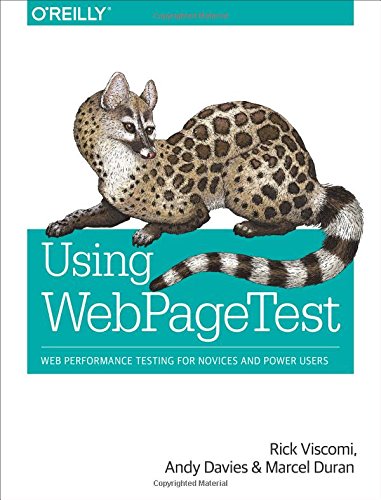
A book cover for Using WebPageTest: Web Performance Testing for Novices and Power Users; Rick Viscomi; Computers & Technology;